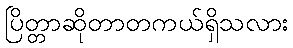
ပြိတ္တာဆိုတာတကယ်ရှိသလား